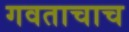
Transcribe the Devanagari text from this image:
गवताचाच